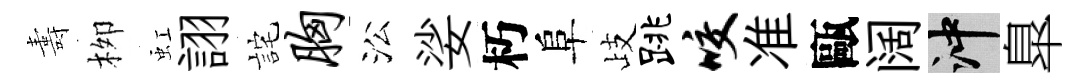
夀栁虹詡詫胸㳂娑朽阜歧跳咬准甌阔冲臯